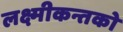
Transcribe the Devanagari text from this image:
लक्ष्मीकन्तको